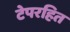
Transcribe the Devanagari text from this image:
टेपरहित